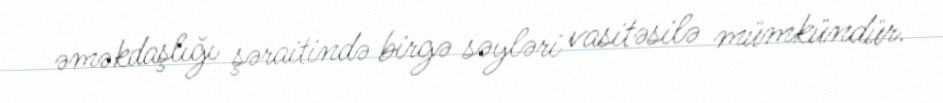
əməkdaşlığı şəraitində birgə səyləri vasitəsilə mümkündür.